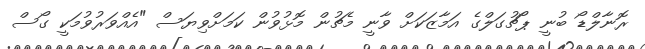
ރޮނާލްޑޯ ބުނީ ޕޯޗުގަލްގެ އަމާޒަކަށް ވާނީ މެޗުން މޮޅުވުން ކަމަށްވިޔަސް "އެއްވަރުވުމަކީ ގޯސް